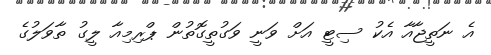
އެ ނަތީޖާއާ އެކު ސިޓީ އަށް ވަނީ ވަގުތީގޮތުން ޕްރިމިއާ ލީގު ތާވަލުގެ